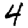
Digit: 4